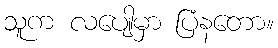
သူက လပျေါမှာ ပြံနတော။